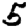
Digit: 5